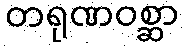
တရုဏဝစ္ဆာ